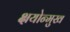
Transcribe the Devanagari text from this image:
क्षयोन्मुख